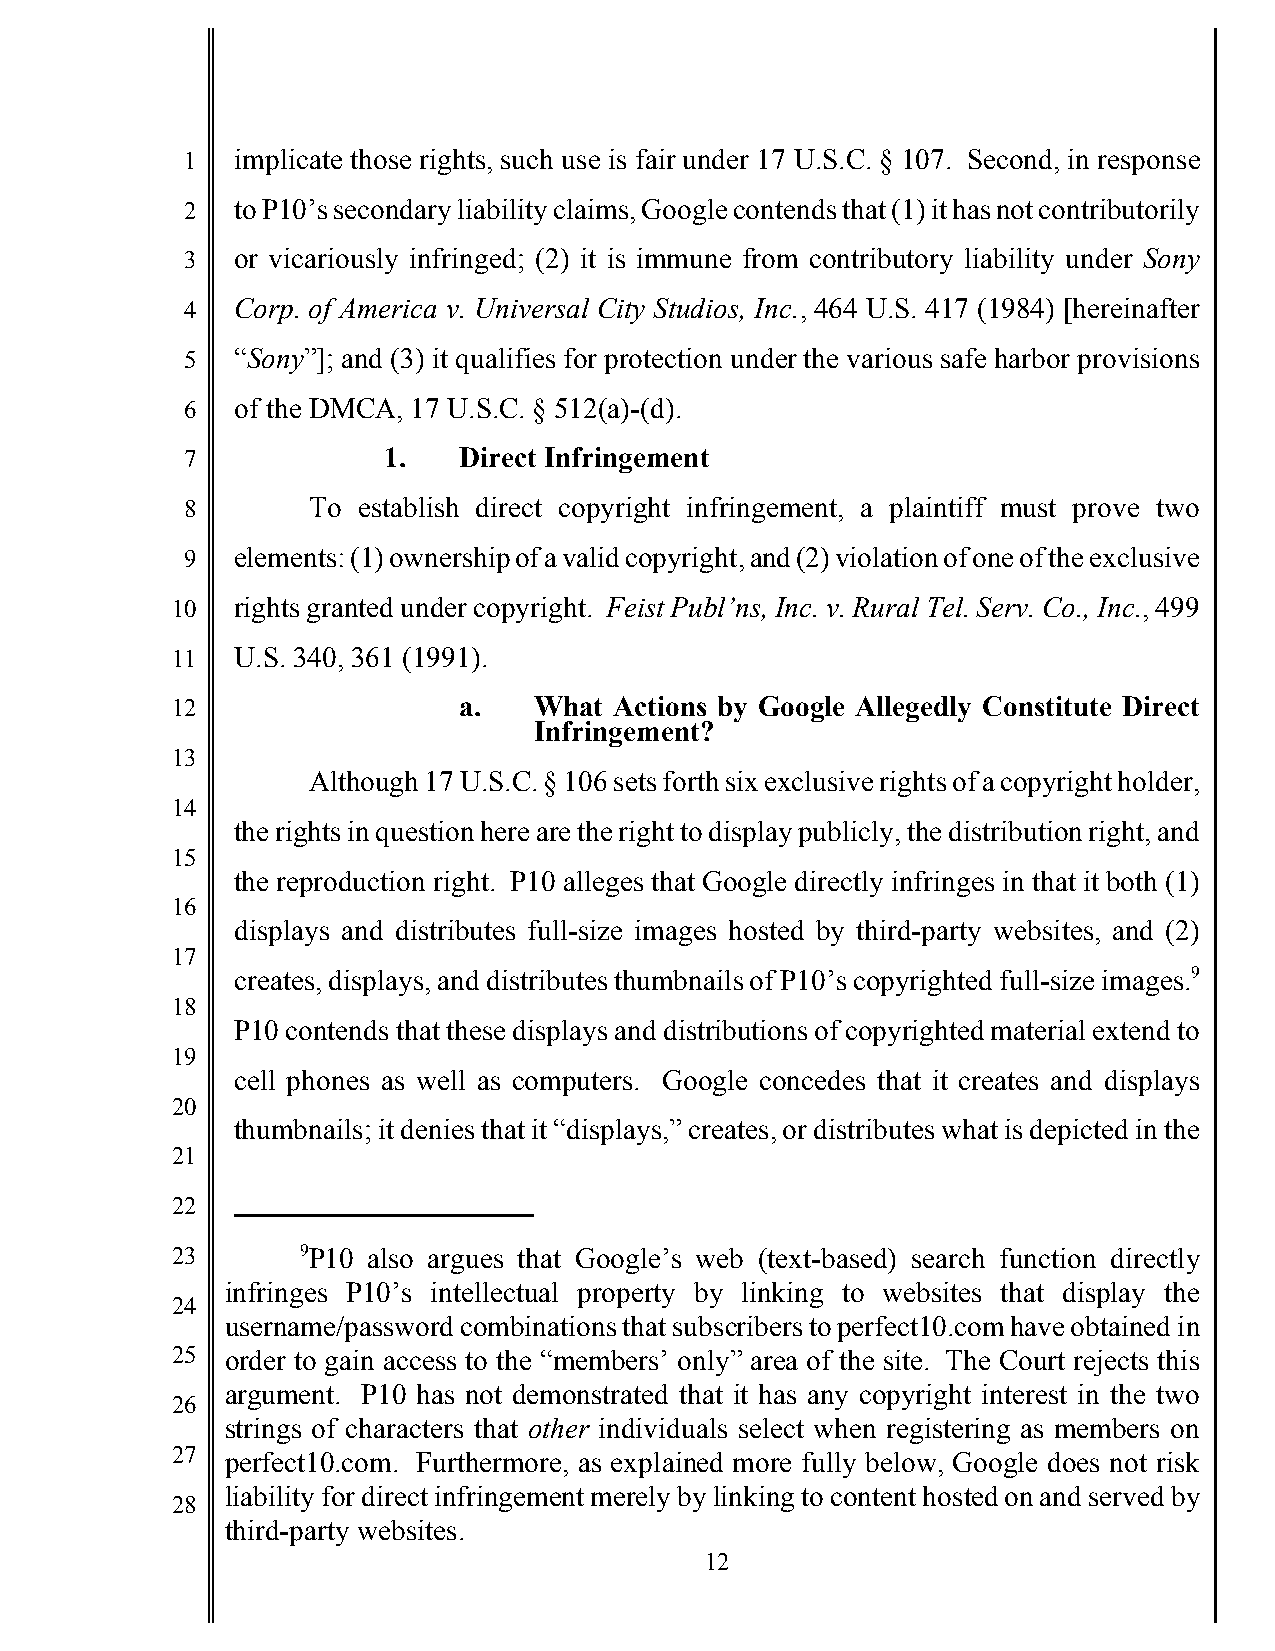
1   implicate those rights, such use is fair under 17 U.S.C. § 107. Second, in response
 2   to P10’s secondary liability claims, Google contends that (1) it has not contributorily
 3   or vicariously infringed; (2) it is immune from contributory liability under Sony
 4   Corp. of America v. Universal City Studios, Inc., 464 U.S. 417 (1984) [hereinafter
 5   “Sony”]; and (3) it qualifies for protection under the various safe harbor provisions
 6   of the DMCA, 17 U.S.C. § 512(a)-(d).
 7            1.   Direct Infringement
 8       To  establish direct copyright infringement, a plaintiff must prove two
 9   elements: (1) ownership of a valid copyright, and (2) violation of one of the exclusive
 10   rights granted under copyright. Feist Publ’ns, Inc. v. Rural Tel. Serv. Co., Inc., 499
 11   U.S. 340, 361 (1991).
 12                 a.   What  Actions by Google Allegedly Constitute Direct
 Infringement?
 13
 Although 17 U.S.C. § 106 sets forth six exclusive rights of a copyright holder,
 14
 the rights in question here are the right to display publicly, the distribution right, and
 15
 the reproduction right. P10 alleges that Google directly infringes in that it both (1)
 16
 displays and distributes full-size images hosted by third-party websites, and (2)
 17
 creates, displays, and distributes thumbnails of P10’s copyrighted full-size images.9
 18
 P10 contends that these displays and distributions of copyrighted material extend to
 19
 cell phones as well as computers. Google concedes that it creates and displays
 20
 thumbnails; it denies that it “displays,” creates, or distributes what is depicted in the
 21
 22
 23       9P10 also argues that Google’s web (text-based) search function directly
 infringes P10’s intellectual property by linking to websites that display the
 24
 username/password combinations that subscribers to perfect10.com have obtained in
 25  order to gain access to the “members’ only” area of the site. The Court rejects this
 argument. P10 has not demonstrated that it has any copyright interest in the two
 26
 strings of characters that other individuals select when registering as members on
 27  perfect10.com. Furthermore, as explained more fully below, Google does not risk
 liability for direct infringement merely by linking to content hosted on and served by
 28
 third-party websites.
 12